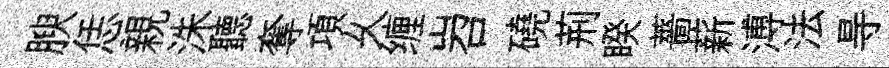
腴恁親洙聽奪項乆缠岧磽荊睽薔薪溥法㝵